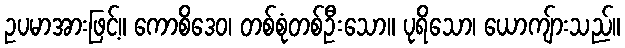
ဥပမာအားဖြင့်။ ကောစိဒေဝ၊ တစ်စုံတစ်ဦးသော။ ပုရိသော၊ ယောကျ်ားသည်။